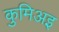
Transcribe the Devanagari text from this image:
कुमिअइ